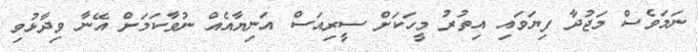
ނަމަވެސް މަޖުދާ ފިޔަވައި އިތުރު މީހަކަށް ސީރިއަސް އަނިޔާއެއް ނުވާކަަމަށް އޭނާ ވިދާޅުވި